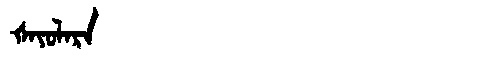
Manchu: ᡧᠠᠶᠣᠯᠠᡵᠠ
Romanization: ŠAYOLARA